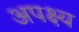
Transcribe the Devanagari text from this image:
अपक्ष्य